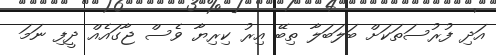
އަދި ފުރުސަތަކަށް ބަލަބަލާ ތިބޭ އިރު ކިރިޔާ ވެސް ޖާގައެއް ދީފި ނަމަ